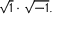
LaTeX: { \sqrt { 1 } } \cdot { \sqrt { - 1 } } .